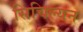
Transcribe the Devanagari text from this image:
सिचिल्यन